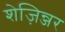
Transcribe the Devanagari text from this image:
शेज़िन्जर